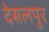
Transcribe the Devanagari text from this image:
देसलपुर